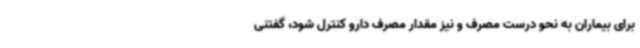
برای بیماران به نحو درست مصرف و نیز مقدار مصرف دارو کنترل شود، گفتنی